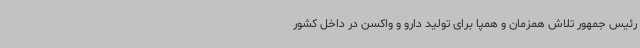
رئیس جمهور تلاش همزمان و همپا برای تولید دارو و واکسن در داخل کشور